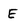
Character: E